NAE_EAA_P-1050_Enda_Kallas, lk 17
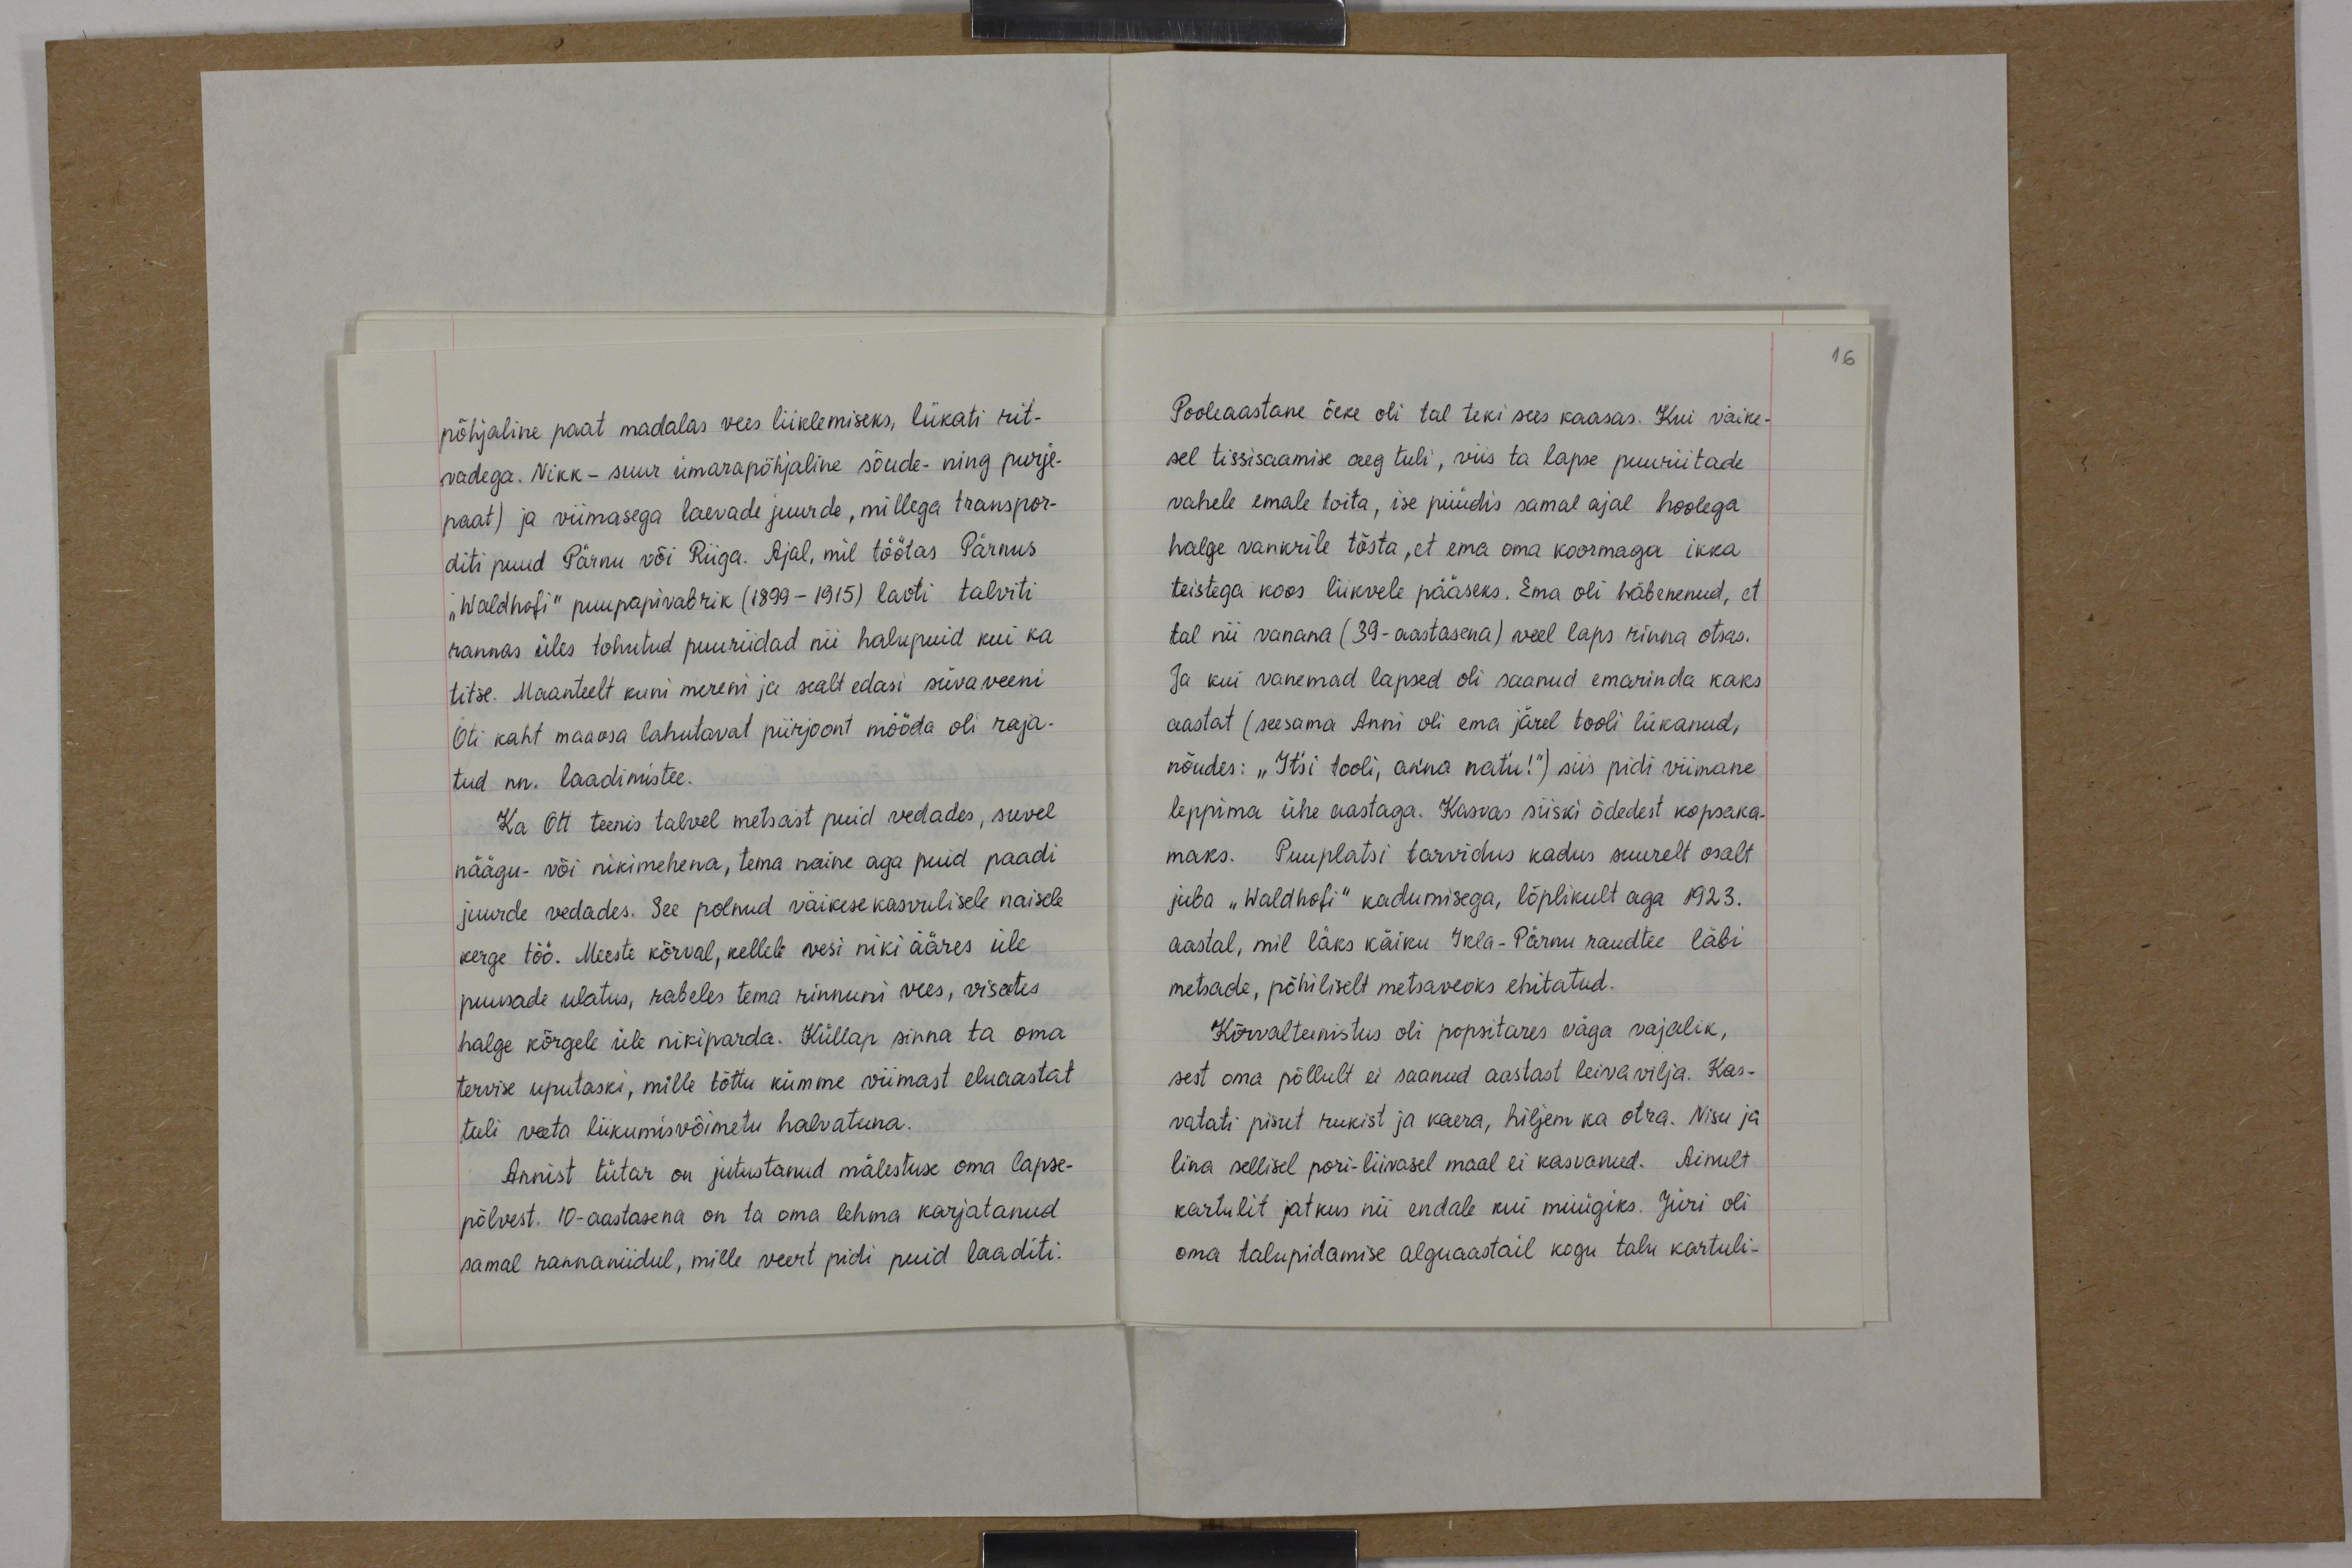
põhjaline paat madalas vees liiklemiseks, lükati rit-
vadega. Nikk - suur ümarapõhjaline sõude- ning purje-
paat) ja viimasega laevade juurde, millega transpor-
diti puud Pärnu või Riiga. Ajal, mil töötas Pärnus
"Waldhofi" puupapivabrik (1899-1915) laoti talviti
rannas üles tohutud puuriidad nii halupuid kui ka
titse. Maanteelt kuni mereni ja sealt edasi süvaveeni
Oti kaht maaosa lahutavat piirjoont mööda oli raja-
tud nn. laadimistee.
Ka Ott teenis talvel metsast puid vedades, suvel
näägu- või nikimehena, tema naine aga puid paadi
juurde vedades. See polnud väikesekasvulisele naisele
kerge töö. Meeste kõrval, kellele vesi niki ääres üle
puusade ulatus, rabeles tema rinnuni vees, visates
halge kõrgele üle nikiparda. Küllap sinna ta oma
tervise uputaski, mille tõttu kümme viimast eluaastat
tuli veeta liikumisvõimetu halvatuna.
Annist tütar on jutustanud mälestuse oma lapse-
põlvest. 10-aastasena on ta oma lehma karjatanud
samal rannaniidul, mille veert pidi puid laaditi.

Pooleaastane õeke oli tal teki sees kaasas. Kui väike-
sel tissisaamise aeg tuli, viis ta lapse puuriitade
vahele emale toita, ise püüdis samal ajal hoolega
halge vankrile tõsta, et ema oma koormaga ikka
teistega koos liikvele pääseks. Ema oli häbenenud, et
tal nii vanana (39-aastasena) veel laps rinna otsas.
Ja kui vanemad lapsed oli saanud emarinda kaks
aastat (seesama Anni oli ema järel tooli lükanud,
nõudes: "Itsi tooli, anna natu!") siis pidi viimane
leppima ühe aastaga. Kasvas siiski õdedest kopsaka-
maks. Puuplatsi tarvidus kadus suurelt osalt,
juba "Waldhofi" kadumisega, lõplikult aga 1923.
aastal, mil läks käiku Ikla-Pärnu raudtee läbi
metsade, põhiliselt metsaveoks ehitatud.
Kõrvalteenistus oli popsitares väga vajalik,
sest oma põllult ei saanud aastast leiva vilja. Kas-
vatati pisut rukist ja kaera, hiljem ka otra. Nisu ja
lina sellisel pori-liivasel maal ei kasvanud. Ainult
kartulit jatkus nii endale kui müügiks. Jüri oli
oma talupidamise alguaastail kogu talu kartuli-